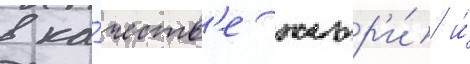
в ка́честв'е жюр'и́ и́